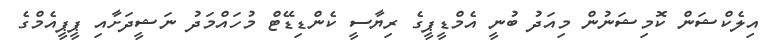
އިލެކްޝަން ކޮމިޝަނުން މިއަދު ބުނީ އެމްޑީޕީގެ ރިޔާސީ ކެންޑިޑޭޓް މުހައްމަދު ނަޝީދަށާއި ޕީޕީއެމްގެ